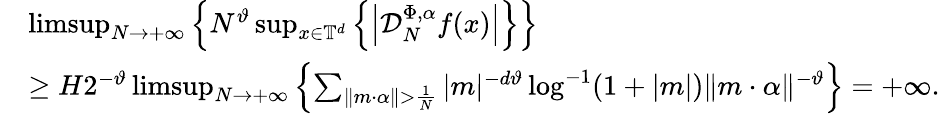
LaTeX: \begin{array}{rl}&{\operatorname*{limsup}_{N\to+\infty}\left\{ N^{\vartheta}\operatorname*{sup}_{x\in\mathbb{T}^{d}}\left\{ \left|\mathcal D_{N}^{\Phi,\alpha}f(x)\right|\right\} \right\} }\\ &{\geq H2^{-\vartheta}\operatorname*{limsup}_{N\to+\infty}\left\{ \sum_{\| m\cdot\alpha\| >\frac{1}{N}}|m|^{-d\vartheta}\log^{-1}(1+|m|)\| m\cdot\alpha\| ^{-\vartheta}\right\} =+\infty.}\end{array}